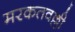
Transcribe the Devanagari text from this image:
मरकतवल्ली